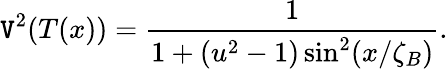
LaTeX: \mathtt{V}^{2}(T(x))=\frac{{1}}{{1+(u^{2}-1)\sin^{2}(x/\zeta_{B})}}.